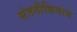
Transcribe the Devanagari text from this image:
संततीशिवाय